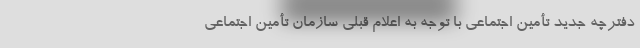
دفترچه جدید تأمین اجتماعی با توجه به اعلام قبلی سازمان تأمین اجتماعی